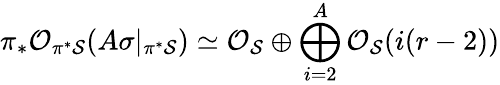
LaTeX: \pi_{*}{\cal O}_{\pi^{*}{\cal S}}(A\sigma|_{\pi^{*}{\cal S}})\simeq{\cal O}_{{\cal S}}\oplus\bigoplus_{i=2}^{A}{\cal O}_{{\cal S}}(i(r-2))